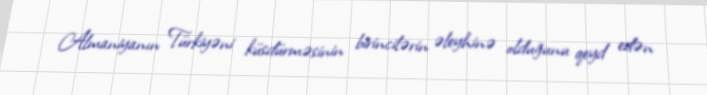
Almaniyanın Türkiyəni küsdürməsinin birincilərin əleyhinə olduğunu qeyd edən